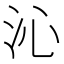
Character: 沁